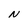
Character: N